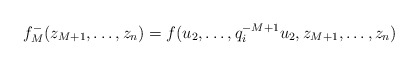
\begin{align*} f^-_M(z_{M+1},\dots,z_n) = f(u_2, \dots, q_i^{-M+1} u_2, z_{M+1},\dots, z_n) \end{align*}